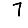
Digit: 7